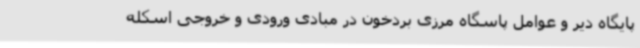
پایگاه دیر و عوامل پاسگاه مرزی بردخون در مبادی ورودی و خروجی اسکله